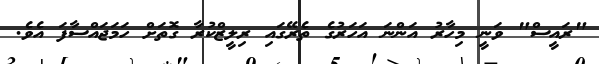
"ރައީސް" ވަނީ މިހާރު އަންނަ އަހަރުގެ ތެރޭގައި ރިލީޒްކުރާ ގޮތަށް ހަމަޖައްސާފަ އެވެ.